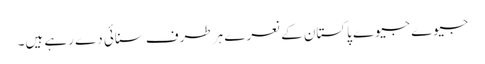
جیوے جیوے پاکستان کے نعرے ہر طرف سنائی دے رہے ہیں۔